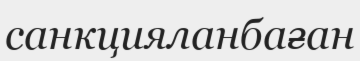
санкцияланбаған